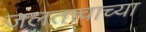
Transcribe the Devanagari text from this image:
जलतत्त्वाच्या